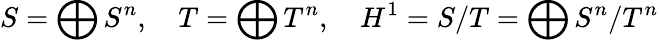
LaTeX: S=\bigoplus S^{n},\quad T=\bigoplus T^{n},\quad H^{1}=S/T=\bigoplus S^{n}/T^{n}